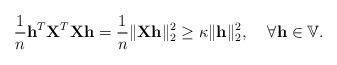
LaTeX: \begin{align*}\frac{1}{n}\mathbf{h}^T \mathbf{X}^T \mathbf{X} \mathbf{h} = \frac{1}{n}\|\mathbf{X}\mathbf{h}\|_2^2 \geq \kappa \|\mathbf{h}\|_2^2, \;\;\;\; \forall \mathbf{h} \in \mathbb{V}.\end{align*}